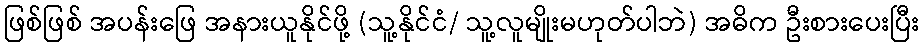
ဖြစ်ဖြစ် အပန်းဖြေ အနားယူနိုင်ဖို့ (သူ့နိုင်ငံ/ သူ့လူမျိုးမဟုတ်ပါဘဲ) အဓိက ဦးစားပေးပြီး